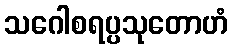
သဂေါစရပ္ပသုတောဟံ